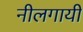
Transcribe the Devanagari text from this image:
नीलगायी